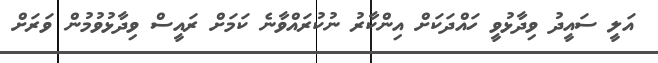
އަލީ ސައީދު ވިދާޅުވީ ހައްދަކަށް އިންކާރު ނުކުރައްވާނެ ކަމަށް ރައީސް ވިދާޅުވުމުން ވަރަށް